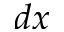
d x